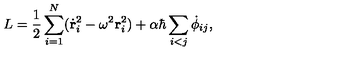
L = \frac { 1 } { 2 } \sum _ { i = 1 } ^ { N } ( { \dot { \bf r } } _ { i } ^ { 2 } - { \omega } ^ { 2 } { \bf r } _ { i } ^ { 2 } ) + \alpha \hbar \sum _ { i < j } { \dot { \phi } } _ { i j } ,